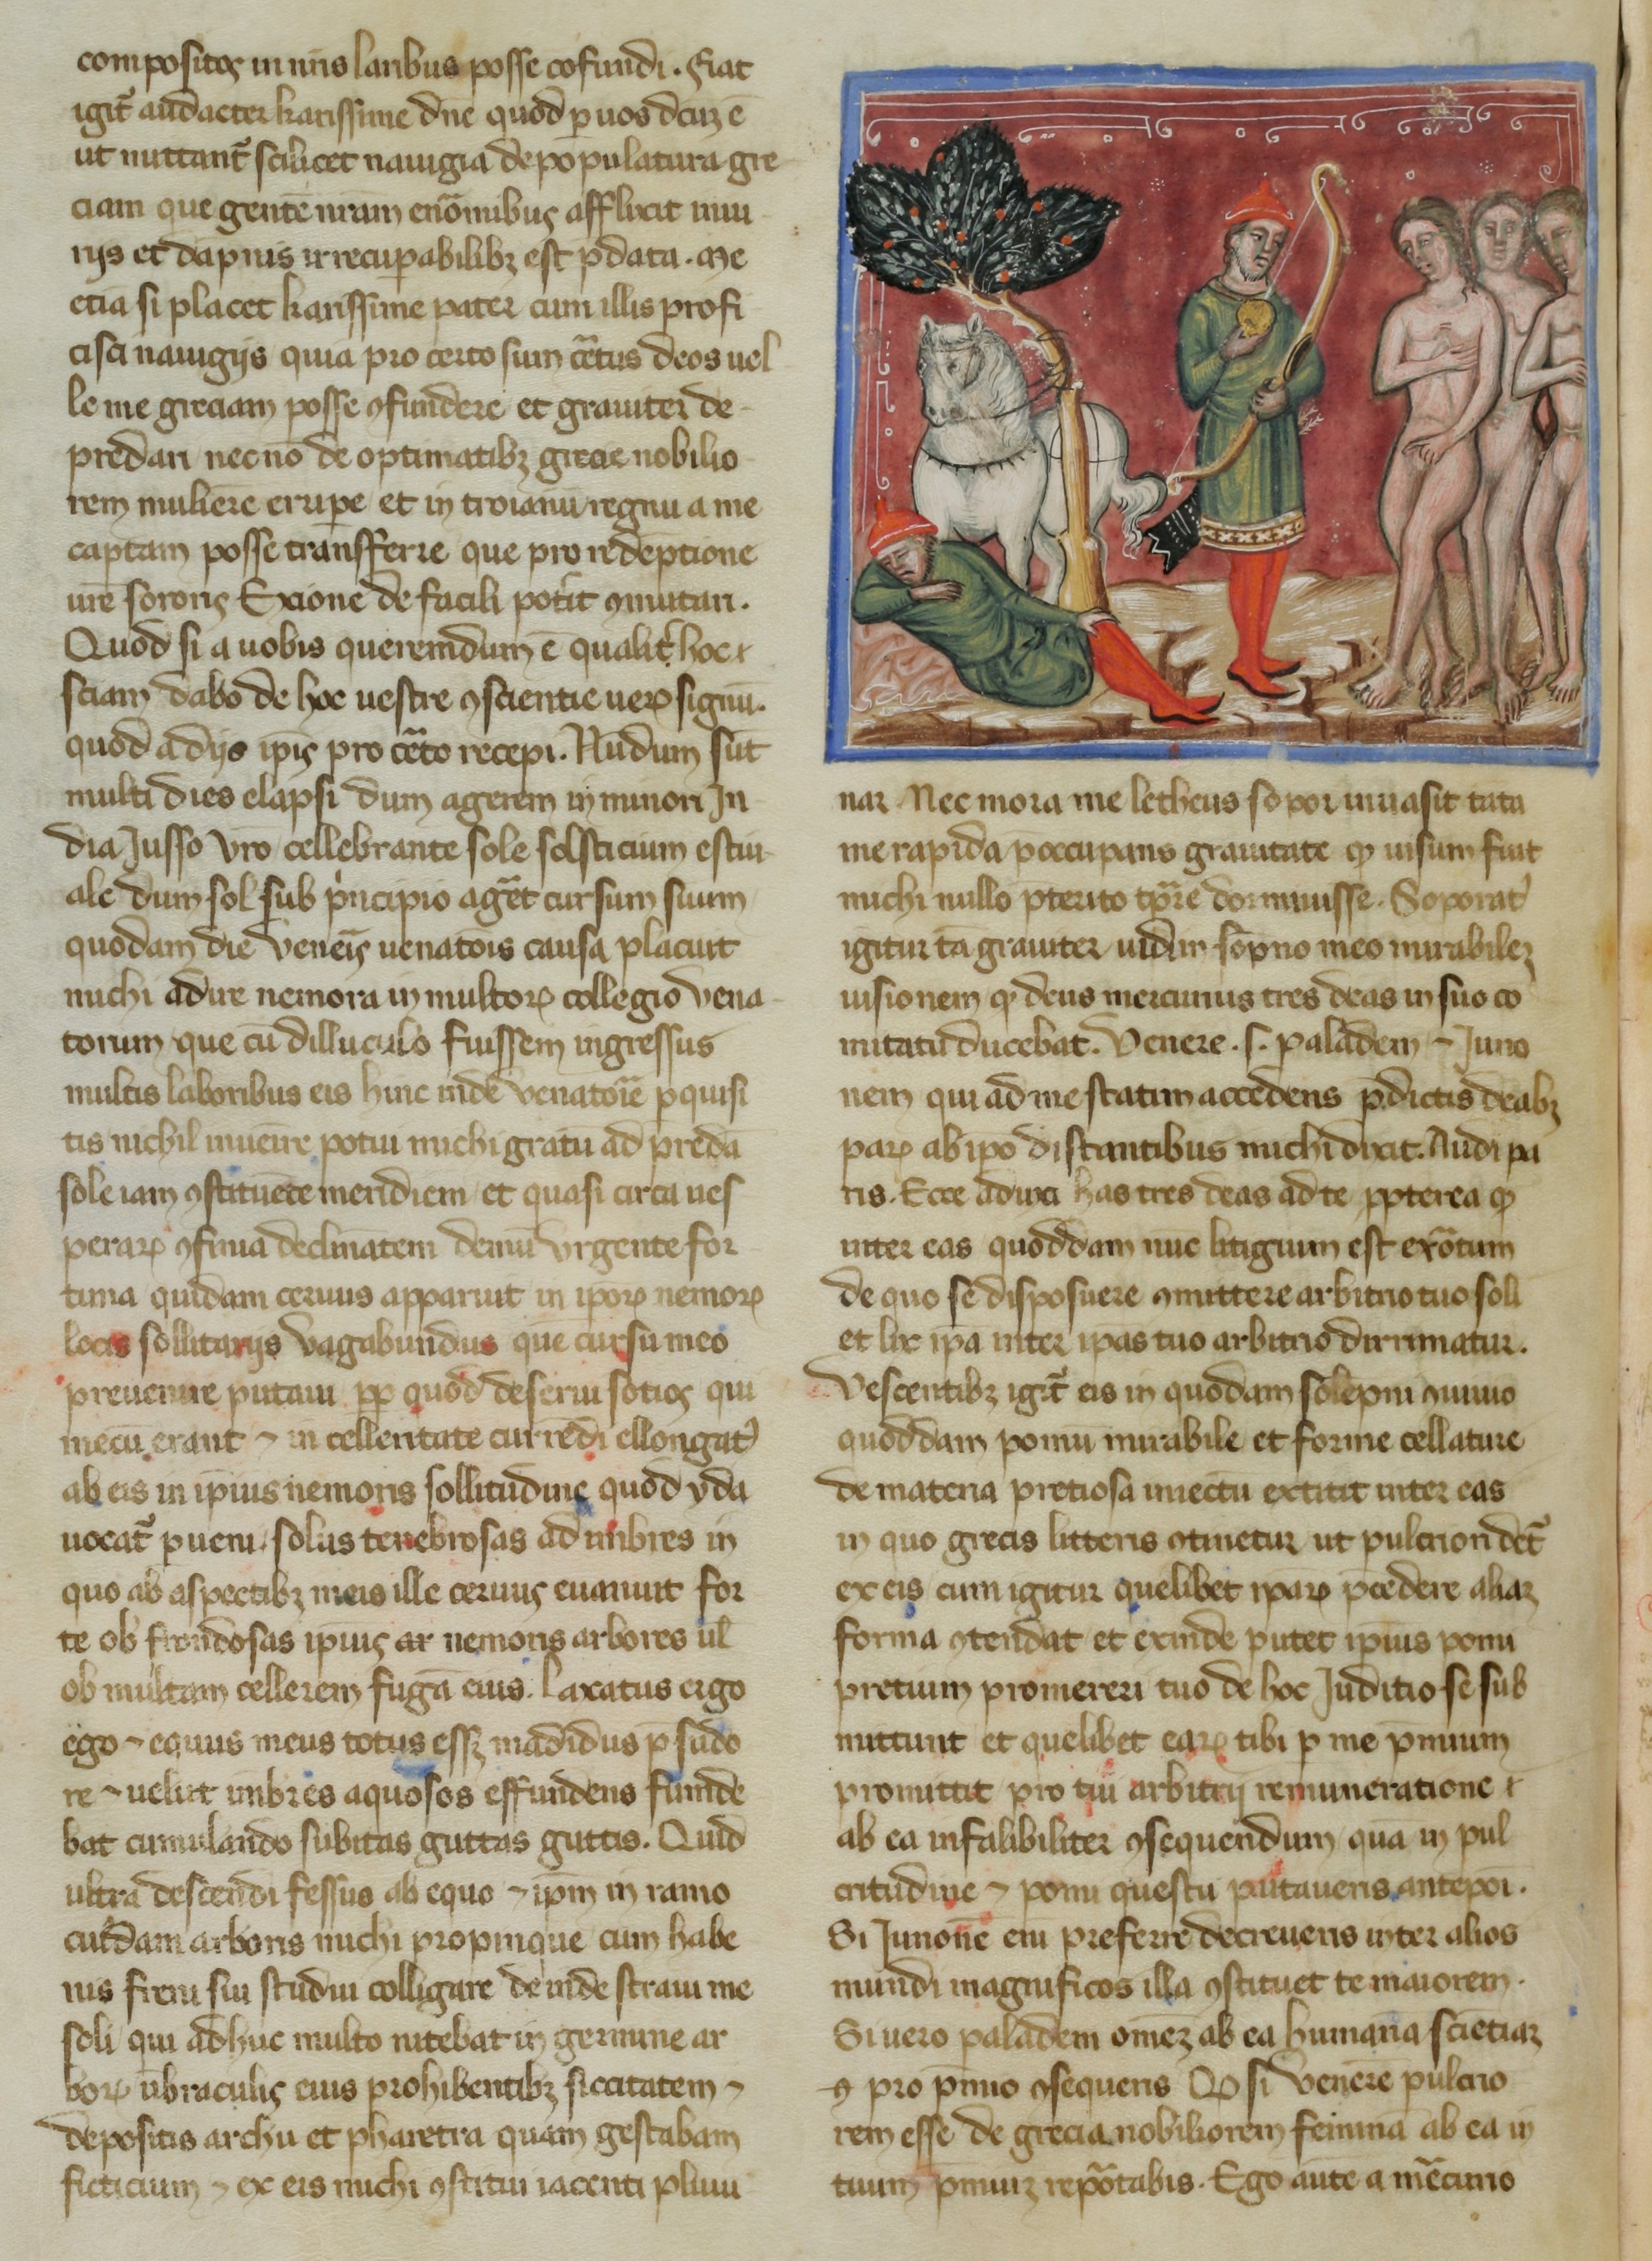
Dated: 1365–1375